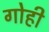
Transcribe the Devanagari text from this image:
गोही